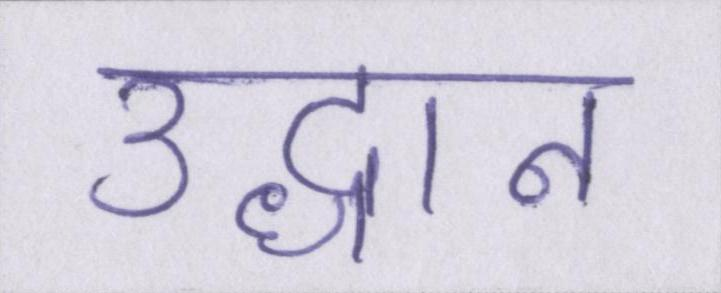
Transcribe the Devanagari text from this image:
उद्धान